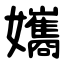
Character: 孈